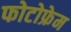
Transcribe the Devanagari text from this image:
फोटोफ्रेम